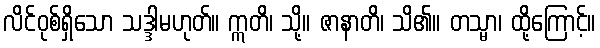
လိင်ဝုစ်ရှိသော သဒ္ဒါမဟုတ်။ ဣတိ၊ သို့။ ဇာနာတိ၊ သိ၏။ တသ္မာ၊ ထို့ကြောင့်။